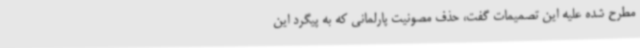
مطرح شده علیه این تصمیمات گفت، حذف مصونیت پارلمانی که به پیگرد این